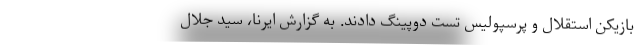
بازیکن استقلال و پرسپولیس تست دوپینگ دادند. به گزارش ایرنا، سید جلال